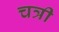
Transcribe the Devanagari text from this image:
चत्री